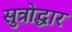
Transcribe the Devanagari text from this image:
सुत्रोद्धार